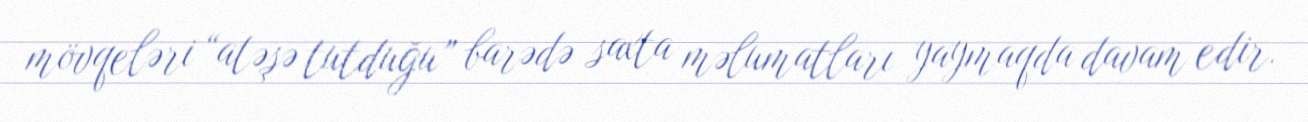
mövqeləri “atəşə tutduğu” barədə saxta məlumatları yaymaqda davam edir.